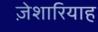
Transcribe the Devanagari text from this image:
ज़ेशारियाह